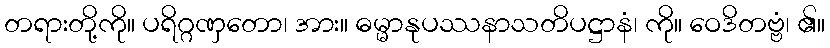
တရားတို့ကို။ ပရိဂ္ဂဏှတော၊ အား။ ဓမ္မာနုပဿနာသတိပဋ္ဌာနံ၊ ကို။ ဝေဒိတဗ္ဗံ၊ ၏။